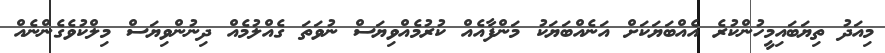
މިއަދު ތިޔަބައިމީހުންކުރެ އެއްބަޔަކަށް އަނެއްބަޔަކު މަންފާއެއް ކުރުމެއްވިޔަސް ނުވަތަ ގެއްލުމެއް ދިނުންވިޔަސް މިލްކުވެގެންނެއް